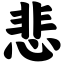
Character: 悲